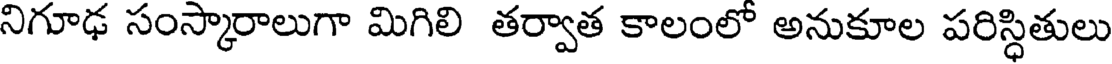
నిగూఢ సంస్కారాలుగా మిగిలి తర్వాత కాలంలో అనుకూల పరిస్ధితులు